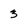
Character: 3